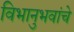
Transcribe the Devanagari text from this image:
विभानुभवांचे